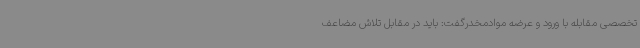
تخصصی مقابله با ورود و عرضه موادمخدرگفت: باید در مقابل تلاش مضاعف